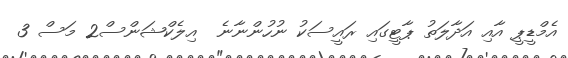
އެމްޑީޕީ އާއި އަދާލަތު ޕާޓީގައި ރައީސަކު ނުހުންނާނެ  އިލެކްޝަންސް2 މަސް 3